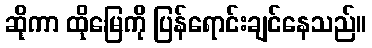
ဆိုကာ ထိုမြေကို ပြန်ရောင်းချင်နေသည်။